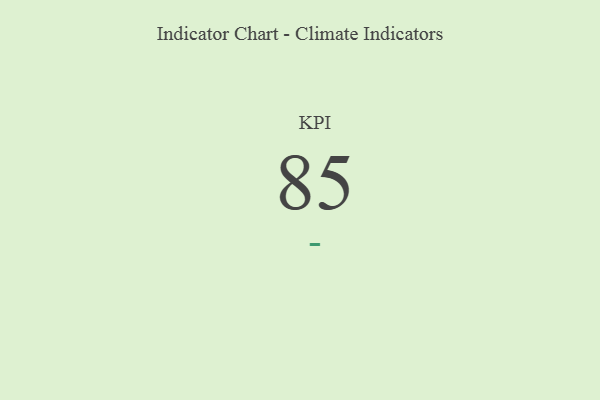
{"axis": {"x": "KPI", "y": "Value"}, "legend": [""], "data": [{"x": "KPI", "y": 85, "type": ""}]}